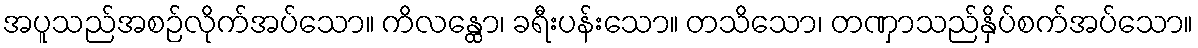
အပူသည်အစဉ်လိုက်အပ်သော။ ကိလန္ထော၊ ခရီးပန်းသော။ တသိသော၊ တဏှာသည်နှိပ်စက်အပ်သော။